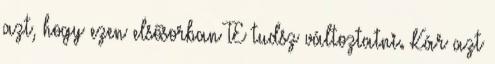
azt, hogy ezen elsősorban TE tudsz változtatni. Kár azt